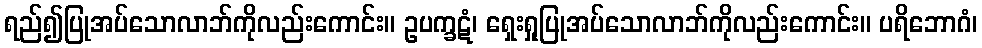
ရည်၍ပြုအပ်သောလာဘ်ကိုလည်းကောင်း။ ဥပက္ခဋံ၊ ရှေးရှုပြုအပ်သောလာဘ်ကိုလည်းကောင်း။ ပရိဘောဂံ၊